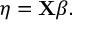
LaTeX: \eta = \mathbf { X } { \boldsymbol { \beta } } .